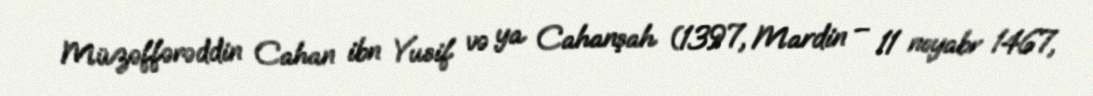
Müzəffərəddin Cahan ibn Yusif və ya Cahanşah (1397, Mardin – 11 noyabr 1467,